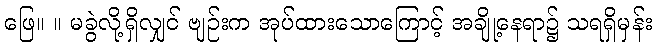
ဖြေ။ ။ မခွဲလို့ရှိလျှင် ဗျဉ်းက အုပ်ထားသောကြောင့် အချို့နေရာ၌ သရရှိမှန်း